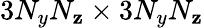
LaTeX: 3N_{y}N_{\mathbf{z}}\times3N_{y}N_{\mathbf{z}}